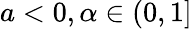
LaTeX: a<0,\alpha\in(0,1]